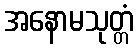
အနောမသုတ္တံ